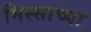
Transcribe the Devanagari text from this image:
मिस्साच्या